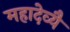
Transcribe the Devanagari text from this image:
महादेव्यै